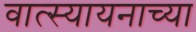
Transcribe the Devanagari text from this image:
वात्स्यायनाच्या